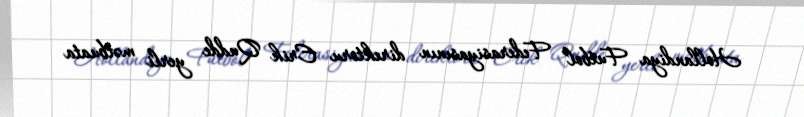
Hollandiya Futbol Federasiyasının direktoru Erik Qudde yerli mətbuata